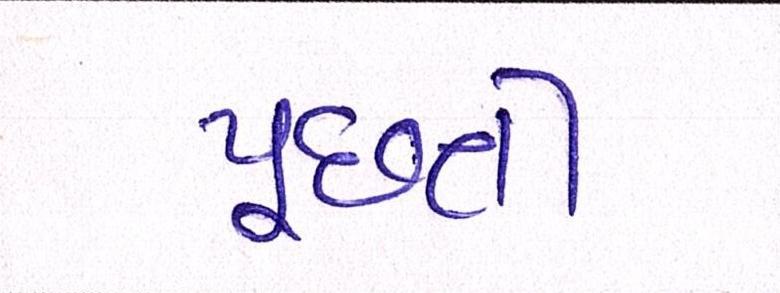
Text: પૂછતી